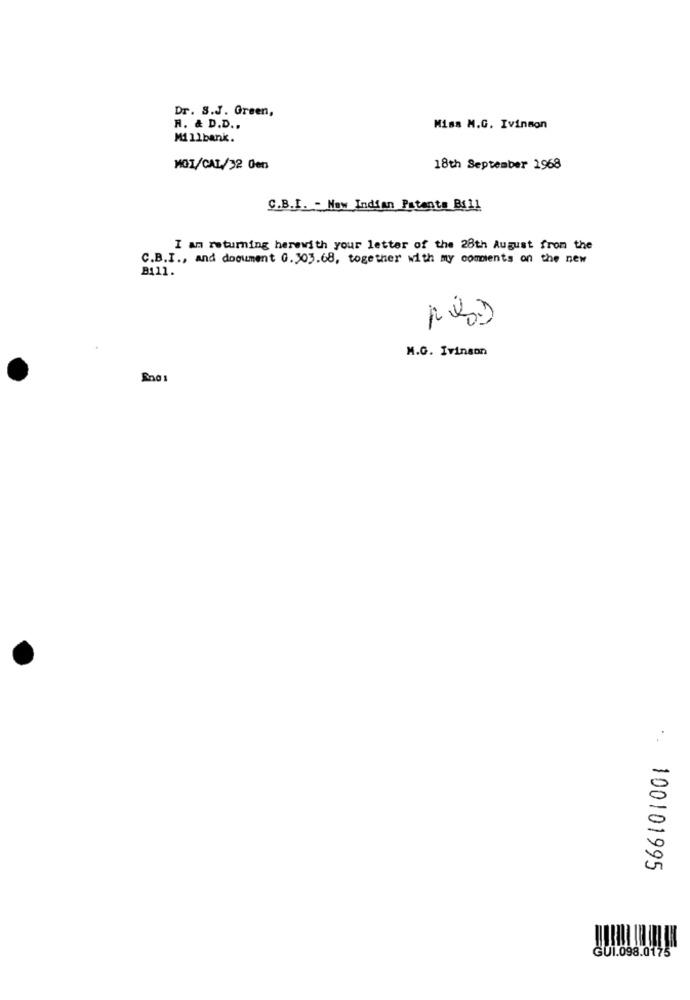
Dr. S.J. Green,
R. & D.D ..
Miss M.G. Ivinson
Millbank.
MOI/CAL/32 Gen
18th September 1968
C.B.I. - Now Indian Patents Bi11
I am returning herewith your letter of the 28th August from the
C.B.I ., and document G.103.68, together with my comments on the new
B111.
M.G. Ivinson
.. 100101995
GUI.098.0175